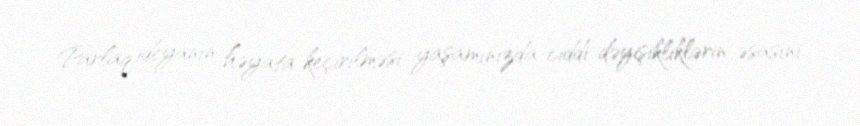
Parlaq ideyanın həyata keçirilməsi yaşamınızda ciddi dəyişikliklərin əsasını